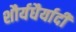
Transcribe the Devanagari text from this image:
शौर्यधैर्यादी